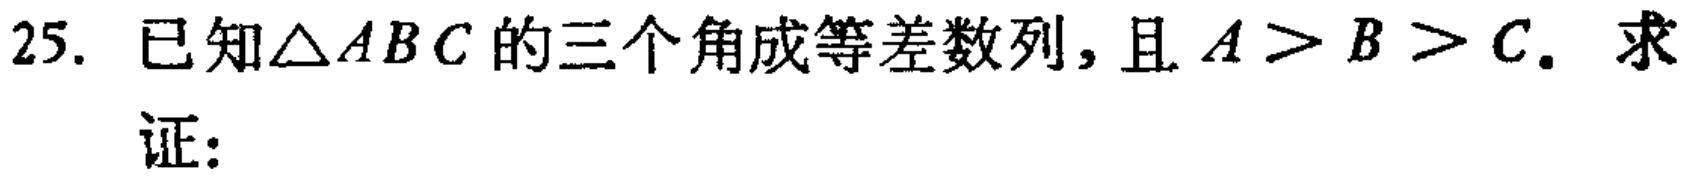
已知\(\triangle ABC\)的三个角成等差数列，且\(A > B > C\)。求
证：